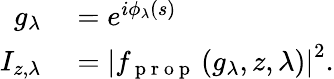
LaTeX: \begin{array}{rl}{g_{\lambda}}&{{}=e^{i\phi_{\lambda}\left(s\right)}}\\ {I_{z,\lambda}}&{{}=\left|f_{\mathrm{~p~r~o~p~}}\left(g_{\lambda},z,\lambda\right)\right|^{2}.}\end{array}